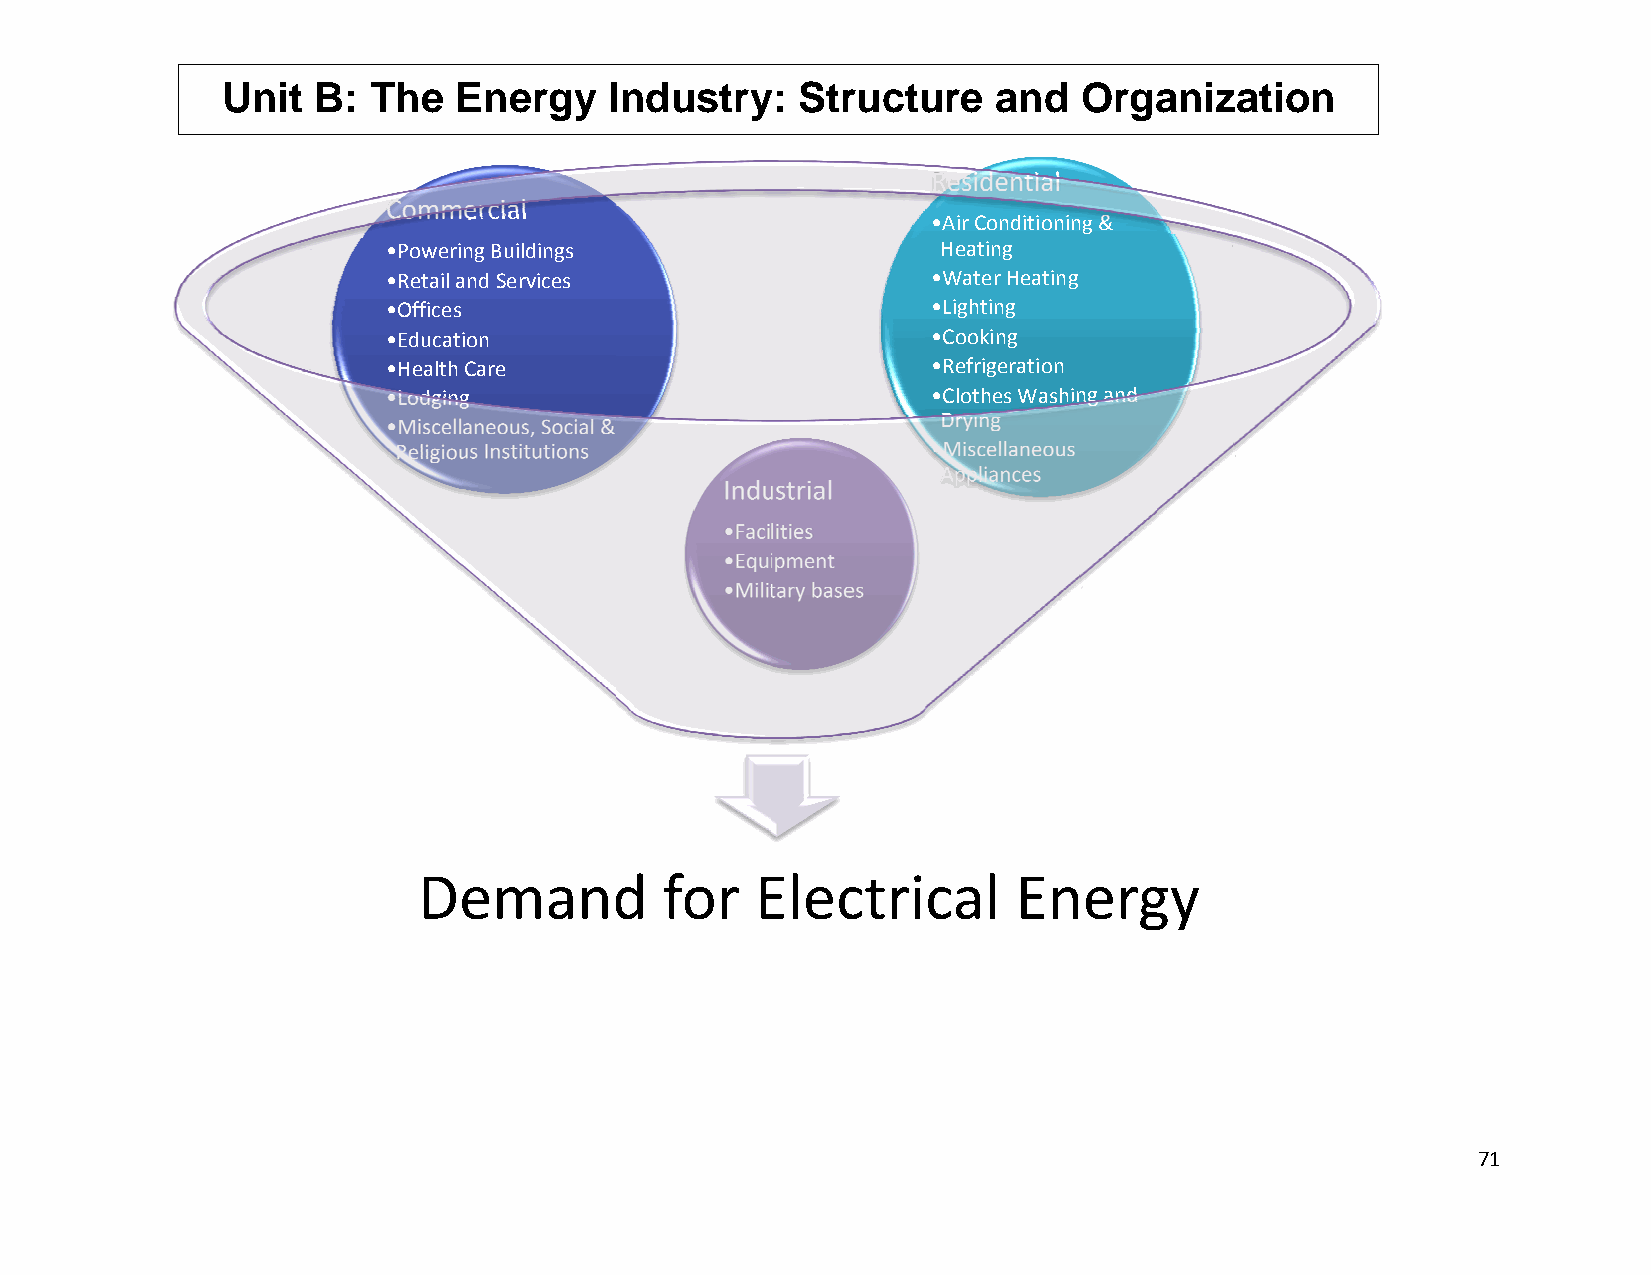
Unit  B: The   EEnergy   IIndustryy:  Structuure   and   Organizzation
 Residential
 Commercial
 •Air Conditioninng &
 •Powering Buildings                 Heating
 •Retail aand Services               •Water Heating
 •Offices                            •Lighting
 •Educatiion                         •Cooking
 •Health Care                        •Refrigeration
 •Lodgingg                           •Clothes Washinng and
 Drying
 •Miscellaneous, Social &
 Religiouus Institutions             •Miscellaneous
 Appliances
 Induustrial
 •Facilities
 •Equiipment
 •Milittary bases
 Deemandd        for   EElectrical      Energy
 71